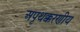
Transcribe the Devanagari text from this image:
अपृथक्करणीय